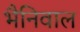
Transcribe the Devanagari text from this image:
भैनिवाल